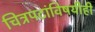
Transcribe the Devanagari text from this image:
चित्रपटांविषयीही